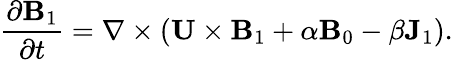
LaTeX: \frac{\partial{\mathbf{B}}_{1}}{\partial t}=\nabla\times({\mathbf{U}\times{\mathbf{B}}_{1}}+\alpha{\mathbf{B}}_{0}-\beta{\mathbf{J}}_{1}).